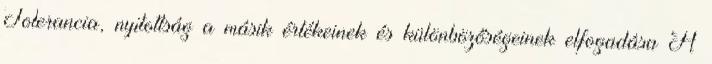
Tolerancia, nyitottság a másik értékeinek és különbözőségeinek elfogadása A